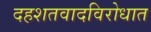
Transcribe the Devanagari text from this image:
दहशतवादविरोधात